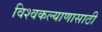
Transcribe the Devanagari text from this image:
विश्वकल्याणासाठी